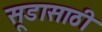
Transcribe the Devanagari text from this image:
सूडासाठी